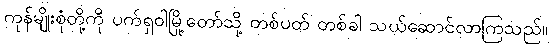
ကုန်မျိုးစုံတို့ကို ပက်ရှဝါမြို့တော်သို့ တစ်ပတ် တစ်ခါ သယ်ဆောင်လာကြသည်။